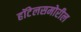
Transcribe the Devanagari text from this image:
हॉटेलसमोरील